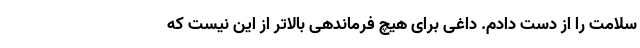
سلامت را از دست دادم. داغی برای هیچ فرماندهی بالاتر از این نیست که